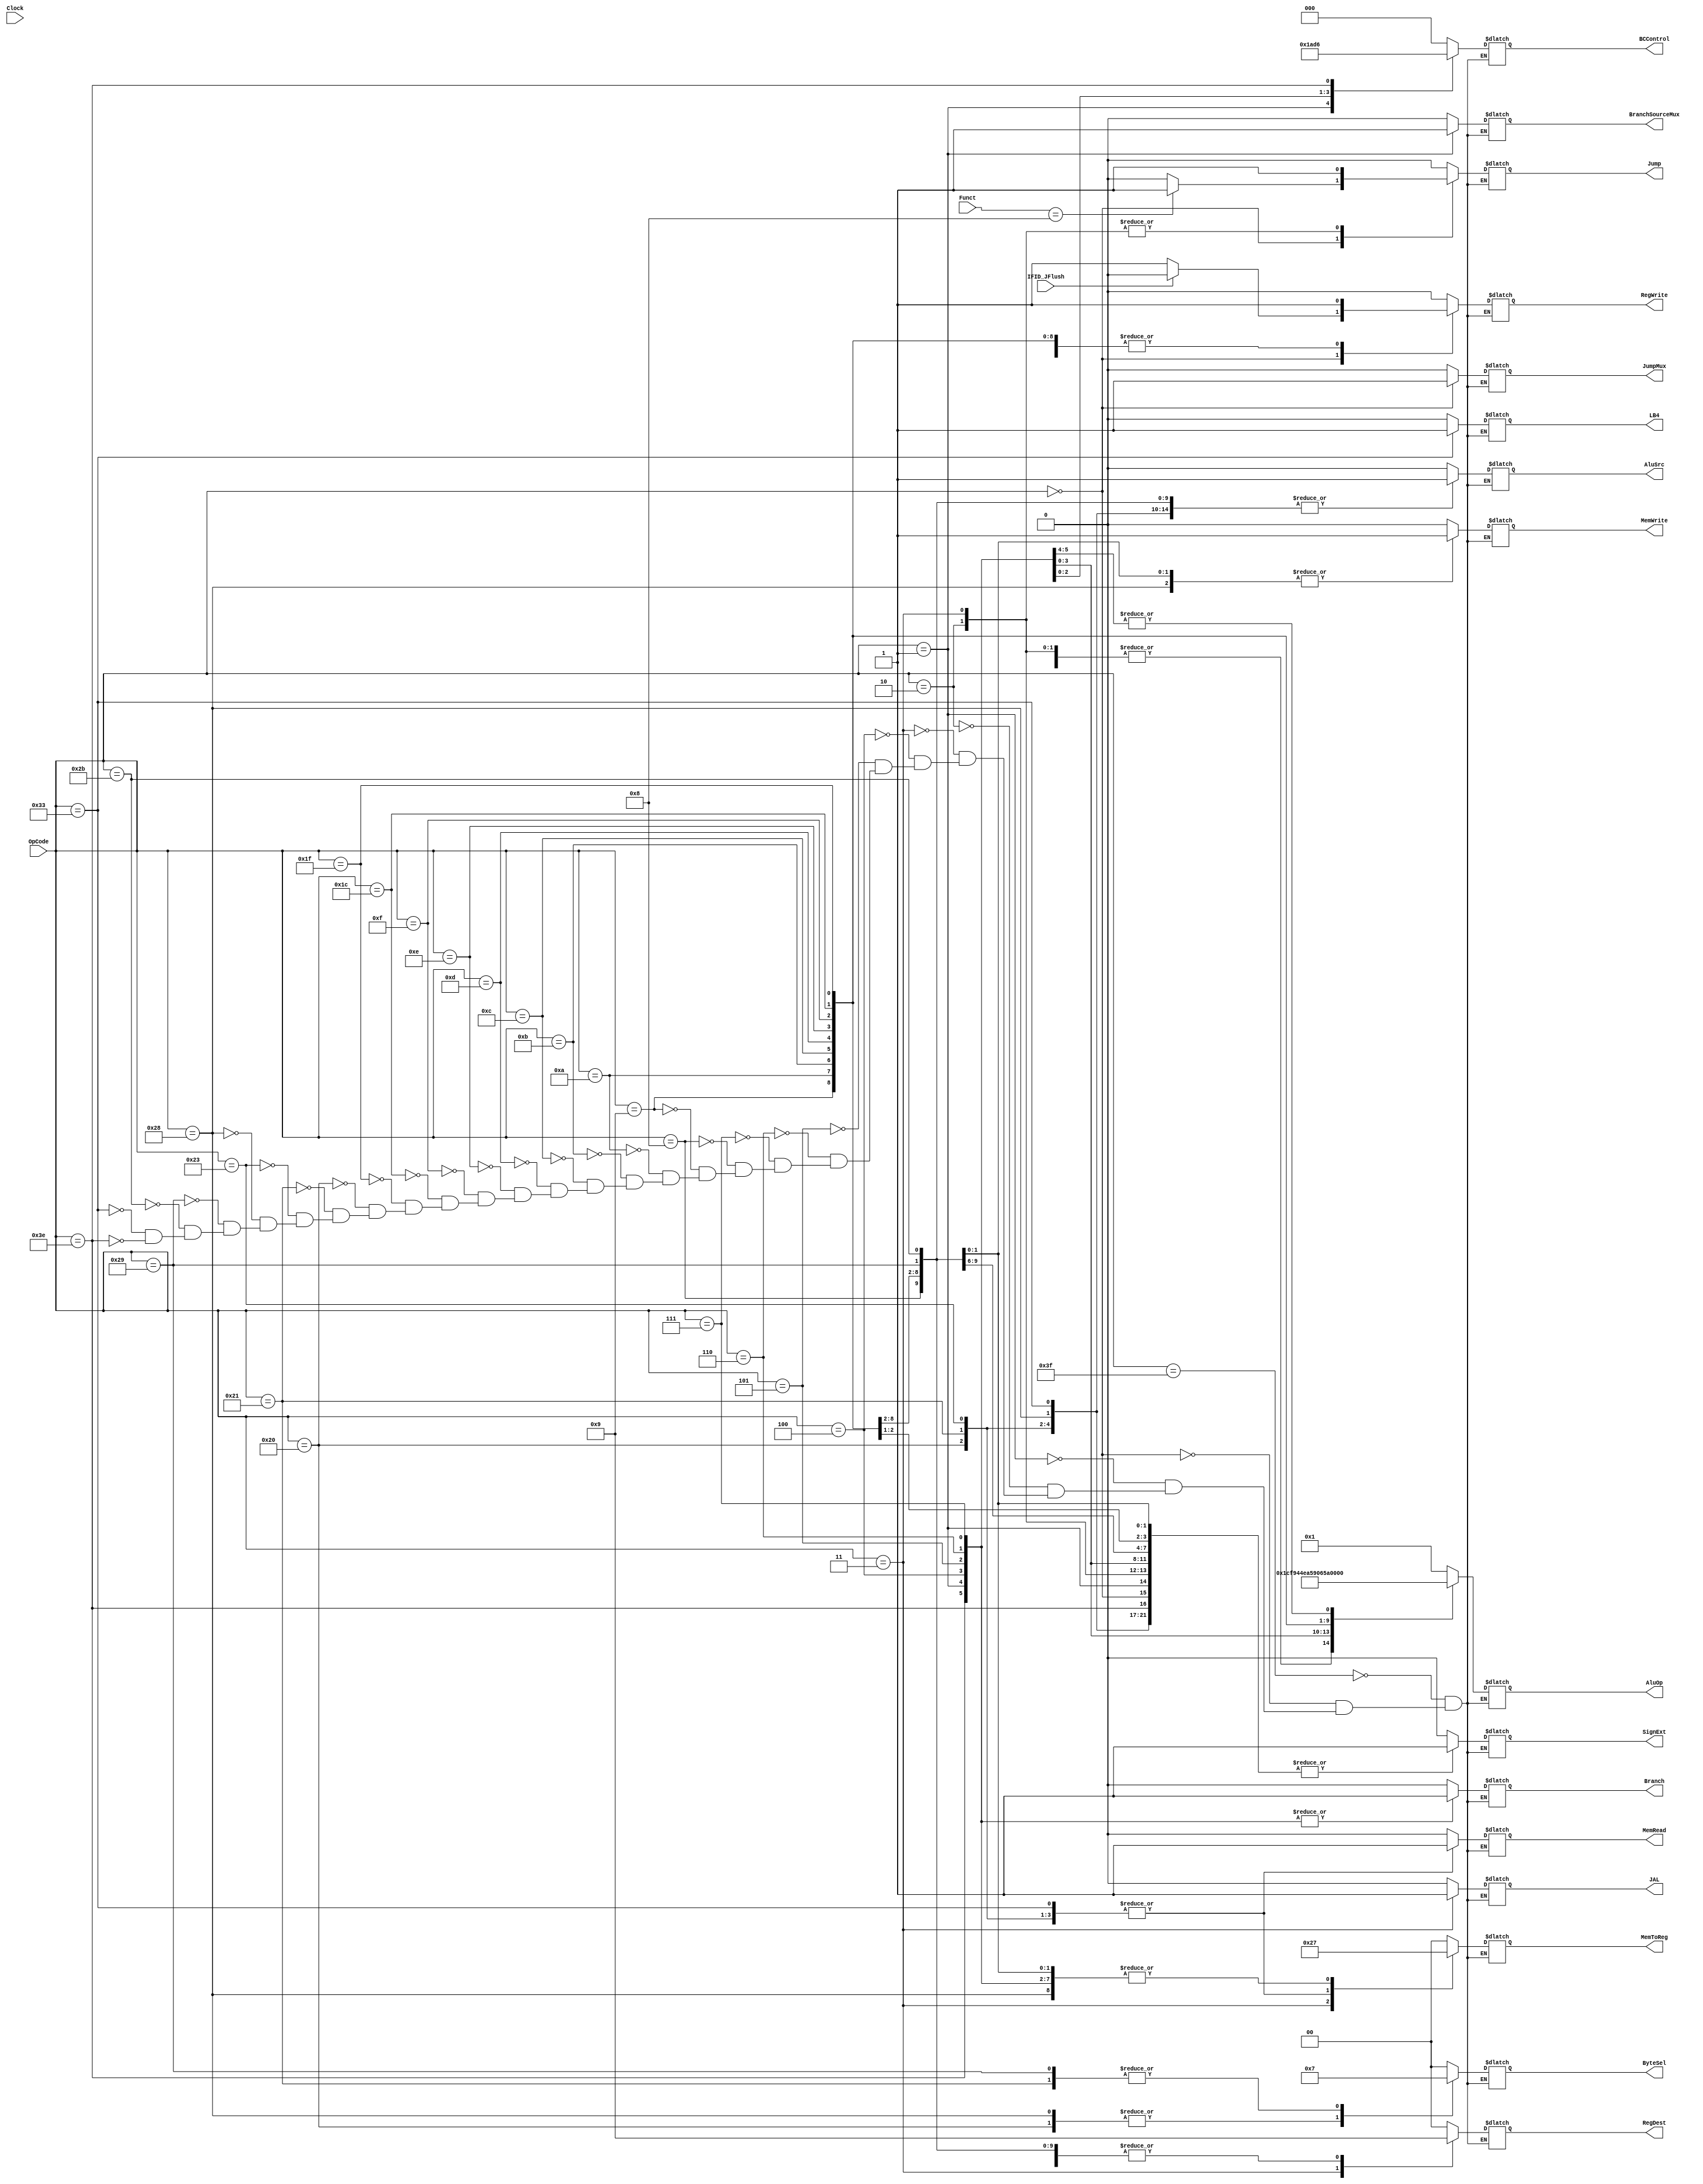
module DatapathController(
    // Control Input(s)
    Clock, 
    // Data Input(s)
    OpCode, Funct, IFID_JFlush,
    // Control Output(s)
    RegDest, RegWrite, AluSrc, AluOp, MemWrite, MemRead, Branch, MemToReg, SignExt, Jump, JumpMux, ByteSel, BCControl, BranchSourceMux, JAL, LB4
    // Data Output(s)
    );
    
    input Clock, IFID_JFlush;
    input[5:0] OpCode, Funct;
    
    output reg RegWrite, AluSrc, MemWrite, MemRead, Branch, SignExt, Jump, JumpMux, BranchSourceMux, JAL, LB4;
    output reg [1:0] RegDest, MemToReg, ByteSel;
    output reg [2:0] BCControl;
    output reg [4:0] AluOp;
                            
    localparam [5:0]  INITIAL = 'b111111,    // INITIAL
                    OP_000000 = 'b000000,   // Most R-type Instructions, JR
                    OP_000001 = 'b000001,   // BGEZ, BLTZ
                    OP_000010 = 'b000010,   // J
                    OP_000011 = 'b000011,   // JAL - UNTESTED
                    OP_000100 = 'b000100,   // BEQ
                    OP_000101 = 'b000101,   // BNE
                    OP_000110 = 'b000110,   // BLEZ 
                    OP_000111 = 'b000111,   // BGTZ 
                    OP_001000 = 'b001000,   // ADDI
                    OP_001001 = 'b001001,   // ADDIU
                    OP_001010 = 'b001010,   // SLTI
                    OP_001011 = 'b001011,   // SLTUI
                    OP_001100 = 'b001100,   // ANDI
                    OP_001101 = 'b001101,   // ORI
                    OP_001110 = 'b001110,   // XORI
                    OP_001111 = 'b001111,   // LUI - NOT IMPLEMENTED
                    OP_011100 = 'b011100,   // multiplies
                    OP_011111 = 'b011111,   // SEB, SEH
                    OP_100000 = 'b100000,   // LB - NOT IMPLEMENTED
                    OP_100001 = 'b100001,	// LH - NOT IMPLEMENTED
                    OP_100011 = 'b100011,	// LW
                    OP_101000 = 'b101000,	// SB - NOT IMPLEMENTED
                    OP_101001 = 'b101001,	// SH - NOT IMPLEMENTED
                    OP_101011 = 'b101011,   // SW
                    //CUSTOM INSTRUCTIONS
                    OP_110011 = 'b110011,   // L4B - LOAD 4 BYTES
                    OP_111110 = 'b111110;   // BLTE

                    
    reg [5:0] State = INITIAL;
    
    initial begin
        Branch <= 0;
        Jump <= 0;
    end
    
    always @ (*) begin
        //#5
        case(State)
            INITIAL: begin 
                RegDest <= 2'b00; RegWrite <= 0; AluSrc <= 0; 
                MemWrite <= 0; MemRead <= 0; Branch <= 0; 
                MemToReg <= 2'b00; SignExt <= 0; AluOp <= 'b00001;
                Jump <= 0; JumpMux <= 0; ByteSel <= 2'b00;
                BCControl <= 'b000; BranchSourceMux <= 0; JAL <= 0; LB4 <= 0;
            end
            OP_000000: begin // Special (R-type Instructions and JR)
                if(IFID_JFlush) RegWrite <= 0;
                else  RegWrite <= 1;
                RegDest <= 2'b00; AluSrc <= 0; 
                MemWrite <= 0; MemRead <= 0; Branch <= 0; 
                MemToReg <= 2'b00; SignExt <= 1; AluOp <= 'b00000;
                JumpMux <= 1; ByteSel <= 2'b00;
                BCControl <= 'b000; BranchSourceMux <= 0; JAL <= 0; LB4 <= 0;
                Jump <= (Funct == 6'b001000) ? 1 : 0;
            end
            OP_000001: begin // BGEZ & BLTZ
                RegDest <= 2'b01; RegWrite <= 0; AluSrc <= 0;
                MemWrite <= 0; MemRead <= 0; Branch <= 1;
                MemToReg <= 2'b11; SignExt <= 1; AluOp <= 'b10000;
                Jump <= 0; JumpMux <= 0; ByteSel <= 2'b00;
                BCControl <= 'b001; BranchSourceMux <= 1; JAL <= 0; LB4 <= 0;
            end
            OP_000010: begin // J
                RegDest <= 2'b00; RegWrite <= 0; AluSrc <= 0; 
                MemWrite <= 0; MemRead <= 0; Branch <= 0; 
                MemToReg <= 2'b00; SignExt <= 1; AluOp <= 'b00000;
                Jump <= 1; JumpMux <= 0; ByteSel <= 2'b00;
                BCControl <= 'b000; BranchSourceMux <= 0; JAL <= 0; LB4 <= 0;
            end
            OP_000011: begin // JAL - NOT IMPLEMENTED
                RegDest <= 2'b10; RegWrite <= 0; AluSrc <= 0; 
                MemWrite <= 0; MemRead <= 0; Branch <= 0; 
                MemToReg <= 2'b10; SignExt <= 1; AluOp <= 'b00000;
                Jump <= 1; JumpMux <= 0; ByteSel <= 2'b00;
                BCControl <= 'b000; BranchSourceMux <= 0; JAL <= 1; LB4 <= 0;
            end
            OP_000100: begin // BEQ
                RegDest <= 2'b01; RegWrite <= 0; AluSrc <= 0;
                MemWrite <= 0; MemRead <= 0; Branch <= 1;
                MemToReg <= 2'b11; SignExt <= 1; AluOp <= 'b01110;
                Jump <= 0; JumpMux <= 0; ByteSel <= 2'b00; 
                BCControl <= 'b000; BranchSourceMux <= 0; JAL <= 0; LB4 <= 0;
            end
            OP_000101: begin // BNE
                RegDest <= 2'b01; RegWrite <= 0; AluSrc <= 0;
                MemWrite <= 0; MemRead <= 0; Branch <= 1;
                MemToReg <= 2'b11; SignExt <= 1; AluOp <= 'b01111;
                Jump <= 0; JumpMux <= 0; ByteSel <= 2'b00;
                BCControl <= 'b101; BranchSourceMux <= 0; JAL <= 0; LB4 <= 0;
            end
            OP_000110: begin // BLEZ
               RegDest <= 2'b01; RegWrite <= 0; AluSrc <= 0;
                MemWrite <= 0; MemRead <= 0; Branch <= 1;
                MemToReg <= 2'b11; SignExt <= 1; AluOp <= 'b10010;
                Jump <= 0; JumpMux <= 0; ByteSel <= 2'b00;
                BCControl <= 'b011; BranchSourceMux <= 0; JAL <= 0; LB4 <= 0;
            end
            OP_000111: begin // BGTZ
                RegDest <= 2'b01; RegWrite <= 0; AluSrc <= 0;
                MemWrite <= 0; MemRead <= 0; Branch <= 1;
                MemToReg <= 2'b11; SignExt <= 1; AluOp <= 'b10001;
                Jump <= 0; JumpMux <= 0; ByteSel <= 2'b00;
                BCControl <= 'b010; BranchSourceMux <= 0; JAL <= 0; LB4 <= 0;
            end
            OP_001000: begin // ADDI
                RegDest <= 2'b01; RegWrite <= 1; AluSrc <= 1; 
                MemWrite <= 0; MemRead <= 0; Branch <= 0; 
                MemToReg <= 2'b00; SignExt <= 1; AluOp <= 'b00001;
                Jump <= 0; JumpMux <= 0; ByteSel <= 2'b00;
                BCControl <= 'b000; BranchSourceMux <= 0; JAL <= 0; LB4 <= 0;
            end
            OP_001001: begin // ADDIU
                RegDest <= 2'b01; RegWrite <= 1; AluSrc <= 1; 
                MemWrite <= 0; MemRead <= 0; Branch <= 0; 
                MemToReg <= 2'b00; SignExt <= 1; AluOp <= 'b00111;
                Jump <= 0; JumpMux <= 0; ByteSel <= 2'b00;
                BCControl <= 'b000; BranchSourceMux <= 0; JAL <= 0; LB4 <= 0;
            end
            OP_001010: begin // SLTI
                RegDest <= 2'b01; RegWrite <= 1; AluSrc <= 1; 
                MemWrite <= 0; MemRead <= 0; Branch <= 0; 
                MemToReg <= 2'b00; SignExt <= 1; AluOp <= 'b01010;
                Jump <= 0; JumpMux <= 0; ByteSel <= 2'b00;
                BCControl <= 'b000; BranchSourceMux <= 0; JAL <= 0; LB4 <= 0;
            end
            OP_001011: begin //SLTUI
                RegDest <= 2'b01; RegWrite <= 1; AluSrc <= 1; 
                MemWrite <= 0; MemRead <= 0; Branch <= 0; 
                MemToReg <= 2'b00; SignExt <= 1; AluOp <= 'b01011;
                Jump <= 0; JumpMux <= 0; ByteSel <= 2'b00;
                BCControl <= 'b000; BranchSourceMux <= 0; JAL <= 0; LB4 <= 0;
            end
            OP_001100: begin // ANDI
                RegDest <= 2'b01; RegWrite <= 1; AluSrc <= 1; 
                MemWrite <= 0; MemRead <= 0; Branch <= 0; 
                MemToReg <= 2'b00; SignExt <= 0; AluOp <= 'b00100;
                Jump <= 0; JumpMux <= 0; ByteSel <= 2'b00;
                BCControl <= 'b000; BranchSourceMux <= 0; JAL <= 0; LB4 <= 0;
            end
            OP_001101: begin // ORI
                RegDest <= 2'b01; RegWrite <= 1; AluSrc <= 1; 
                MemWrite <= 0; MemRead <= 0; Branch <= 0; 
                MemToReg <= 2'b000; SignExt <= 0; AluOp <= 'b00011;
                Jump <= 0; JumpMux <= 0; ByteSel <= 2'b00;
                BCControl <= 'b00; BranchSourceMux <= 0; JAL <= 0; LB4 <= 0;
            end
            OP_001110: begin // XORI
                RegDest <= 2'b01; RegWrite <= 1; AluSrc <= 1; 
                MemWrite <= 0; MemRead <= 0; Branch <= 0; 
                MemToReg <= 2'b00; SignExt <= 0; AluOp <= 'b00101;
                Jump <= 0; JumpMux <= 0; ByteSel <= 2'b00;
                BCControl <= 'b000; BranchSourceMux <= 0; JAL <= 0; LB4 <= 0;
            end
            OP_001111: begin // LUI
                RegDest <= 2'b01; RegWrite <= 1; AluSrc <= 1;
                MemWrite <= 0; MemRead <= 0; Branch <= 0;
                MemToReg <= 2'b00; SignExt <= 1; AluOp <= 'b10011;
                Jump <= 0; JumpMux <=0; ByteSel <= 2'b00;
                BCControl <= 'b000; BranchSourceMux <= 0; JAL <= 0; LB4 <= 0;
            end
            OP_011100: begin // SPECIAL #2
                RegDest <= 2'b00; RegWrite <= 1; AluSrc <= 0; 
                MemWrite <= 0; MemRead <= 0; Branch <= 0; 
                MemToReg <= 2'b00; SignExt <= 1; AluOp <= 'b01100;
                Jump <= 0; JumpMux <= 0; ByteSel <= 2'b00;
                BCControl <= 'b000; BranchSourceMux <= 0; JAL <= 0; LB4 <= 0;
            end
            OP_011111: begin // SEH & SEB
                RegDest <= 2'b00; RegWrite <= 1; AluSrc <= 0; 
                MemWrite <= 0; MemRead <= 0; Branch <= 0; 
                MemToReg <= 2'b00; SignExt <= 0; AluOp <= 'b01101;
                Jump <= 0; JumpMux <= 0; ByteSel <= 2'b00;
                BCControl <= 'b000; BranchSourceMux <= 0; JAL <= 0; LB4 <= 0;
            end
            OP_100000: begin // LB
                RegDest <= 2'b01; RegWrite <= 1; AluSrc <= 1;
                MemWrite <= 0; MemRead <= 1; Branch <= 0;
                MemToReg <= 2'b01; SignExt <= 1; AluOp <= 'b00001; // Send ADDI to ALU Controller
                Jump <= 0; JumpMux <= 0; ByteSel <= 2'b01;
                BCControl <= 'b000; BranchSourceMux <= 0; JAL <= 0; LB4 <= 0;
            end
            OP_100001: begin // LH
                RegDest <= 2'b01; RegWrite <= 1; AluSrc <= 1;
                MemWrite <= 0; MemRead <= 1; Branch <= 0;
                MemToReg <= 2'b01; SignExt <= 1; AluOp <= 'b00001; // Send ADDI to ALU Controller
                Jump <= 0; JumpMux <= 0; ByteSel <= 2'b11;
                BCControl <= 'b000; BranchSourceMux <= 0; JAL <= 0; LB4 <= 0;
            end
            OP_100011: begin // LW
                RegDest <= 2'b01; RegWrite <= 1; AluSrc <= 1;
                MemWrite <= 0; MemRead <= 1; Branch <= 0;
                MemToReg <= 2'b01; SignExt <= 1; AluOp <= 'b00001; // Send ADDI to ALU Controller
                Jump <= 0; JumpMux <= 0; ByteSel <= 2'b00;
                BCControl <= 'b000; BranchSourceMux <= 0; JAL <= 0; LB4 <= 0;
            end
            OP_101000: begin // SB
                RegDest <= 2'b01; RegWrite <= 0; AluSrc <= 1;
                MemWrite <= 1; MemRead <= 0; Branch <= 0;
                MemToReg <= 2'b11; SignExt <= 1; AluOp <= 'b00001; // Send ADDI to ALU Controller
                Jump <= 0; JumpMux <= 0; ByteSel <= 2'b01;
                BCControl <= 'b000; BranchSourceMux <= 0; JAL <= 0; LB4 <= 0;
                //StageWriteEnable <= 3'b111; IFID_Flush <= 0;
            end
            OP_101001: begin // SH
                RegDest <= 2'b01; RegWrite <= 0; AluSrc <= 1;
                MemWrite <= 1; MemRead <= 0; Branch <= 0;
                MemToReg <= 2'b11; SignExt <= 1; AluOp <= 'b00001; // Send ADDI to ALU Controller
                Jump <= 0; JumpMux <= 0; ByteSel <= 2'b11;
                BCControl <= 'b000; BranchSourceMux <= 0; JAL <= 0; LB4 <= 0;
            end
            OP_101011: begin // SW
            	RegDest <= 2'b01; RegWrite <= 0; AluSrc <= 1;
            	MemWrite <= 1; MemRead <= 0; Branch <= 0;
            	MemToReg <= 2'b11; SignExt <= 1; AluOp <= 'b00001; // Send ADDI to ALU Controller
            	Jump <= 0; JumpMux <= 0; ByteSel <= 2'b00;
            	BCControl <= 'b000; BranchSourceMux <= 0; JAL <= 0; LB4 <= 0;
            end
            OP_110011: begin // LB4
                RegDest <= 2'b01; RegWrite <= 1; AluSrc <= 1;
                MemWrite <= 0; MemRead <= 1; Branch <= 0;
                MemToReg <= 2'b01; SignExt <= 1; AluOp <= 'b00001; // Send ADDI to ALU Controller
                Jump <= 0; JumpMux <= 0; ByteSel <= 2'b00;
                BCControl <= 'b000; BranchSourceMux <= 0; JAL <= 0; LB4 <= 1;
            end
            OP_111110: begin // BLTE
                RegDest <= 2'b01; RegWrite <= 0; AluSrc <= 0;
                MemWrite <= 0; MemRead <= 0; Branch <= 1;
                MemToReg <= 2'b11; SignExt <= 1; AluOp <= 'b10000;
                Jump <= 0; JumpMux <= 0; ByteSel <= 2'b00;
                BCControl <= 'b110; BranchSourceMux <= 0; JAL <= 0; LB4 <= 0;
            end
        endcase
     end
     
      //State Register
     always @(OpCode) begin
            State <= OpCode;
     end 
endmodule